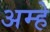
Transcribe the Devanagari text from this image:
अम्हे